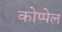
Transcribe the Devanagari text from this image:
कोप्पेल